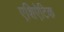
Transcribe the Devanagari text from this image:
एशिऐटिक